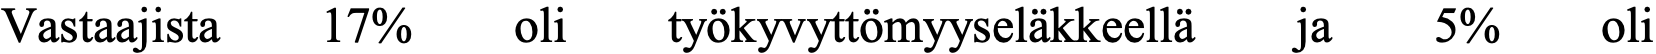
Vastaajista 17%  oli  työkyvyttömyyseläkkeellä ja 5% oli